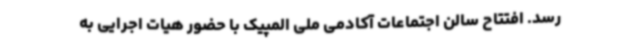
رسد. افتتاح سالن اجتماعات آکادمی ملی المپیک با حضور هیات اجرایی به